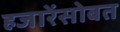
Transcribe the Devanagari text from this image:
हजारेंसोबत